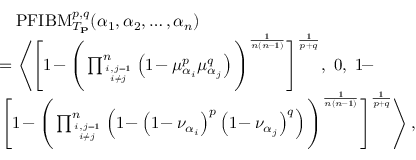
\begin{array} { r l } & { \quad \mathrm { P F I B M } _ { T _ { \mathbf { P } } } ^ { p , q } ( \alpha _ { 1 } , \alpha _ { 2 } , \ldots , \alpha _ { n } ) } \\ & { = \left\langle \Bigg [ 1 \! - \Bigg ( \prod _ { i , j = 1 \atop i \neq j } ^ { n } \left( 1 \! - \mu _ { \alpha _ { i } } ^ { p } \mu _ { \alpha _ { j } } ^ { q } \right) \Bigg ) ^ { \frac { 1 } { n ( n \! - 1 ) } } \Bigg ] ^ { \frac { 1 } { p + q } } , ~ 0 , ~ 1 \! - \right. } \\ & { \left. \Bigg [ 1 \! - \Bigg ( \prod _ { i , j = 1 \atop i \neq j } ^ { n } \left( 1 \! - \left( 1 \! - \nu _ { \alpha _ { i } } \right) ^ { p } \left( 1 \! - \nu _ { \alpha _ { j } } \right) ^ { q } \right) \Bigg ) ^ { \frac { 1 } { n ( n \! - 1 ) } } \Bigg ] ^ { \frac { 1 } { p \! + q } } \right\rangle , } \end{array}